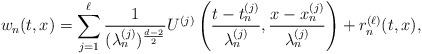
LaTeX: \begin{align*}w_n(t,x)=\sum_{j=1}^\ell \frac{1}{(\lambda_n^{(j)})^{\frac{d-2}{2}}}U^{(j)}\left(\frac{t-t_n^{(j)}}{\lambda_n^{(j)}}, \frac{x-x_n^{(j)}}{\lambda_n^{(j)}}\right)+r_n^{(\ell)}(t,x),\end{align*}